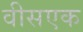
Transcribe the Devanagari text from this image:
वीसएक